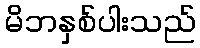
မိဘနှစ်ပါးသည်